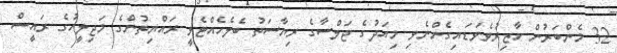
32 މެންބަރުން ހާޒިރުވެވަޑައިގެންނެވި މިއަދުގެ ޖަލްސާގެ ރިޔާސަތު ބެލެހެއްޓެވީ ރައްޔިތުންގެ މަޖިލީހުގެ ރައީސް